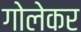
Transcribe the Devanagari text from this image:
गोलेकर